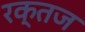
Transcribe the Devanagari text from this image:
रक्तज